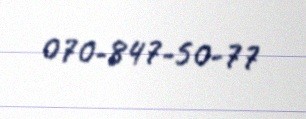
070-847-50-77